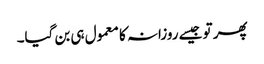
پھر تو جیسے روزانہ کا معمول ہی بن گیا۔